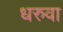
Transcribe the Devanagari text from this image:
धरुवा